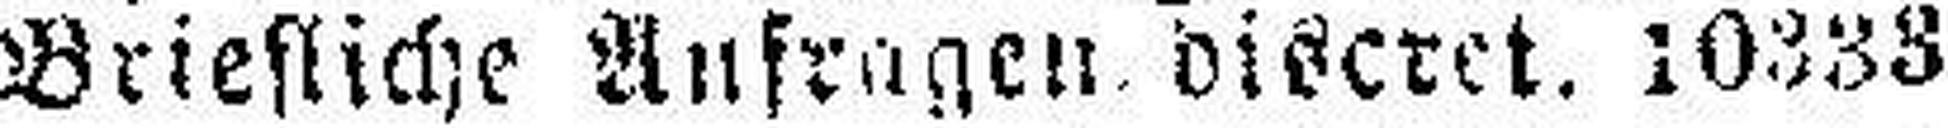
Briefliche Aufragen discret. 10333